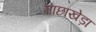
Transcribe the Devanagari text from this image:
माछाखेड़ा